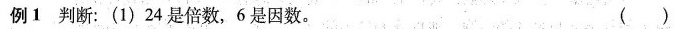
例1判断：(1)24是倍数，6是因数。 ( )